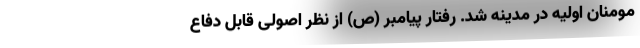
مومنان اولیه در مدینه شد. رفتار پیامبر (ص) از نظر اصولی قابل دفاع